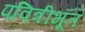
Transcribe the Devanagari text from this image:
पवित्रीभूत